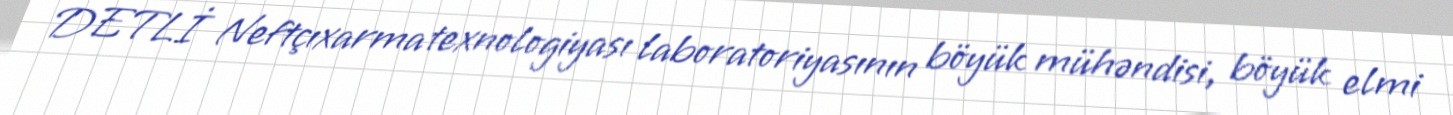
DETLİ Neftçıxarma texnologiyası laboratoriyasının böyük mühəndisi, böyük elmi